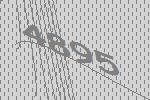
4895